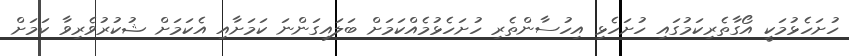
ހުށަހެޅުމަކީ އޯގާތެރިކަމުގައި ހުށަހެޅި އިހުސާންތެރި ހުށަހެޅުމެއްކަމަށް ބަލައިގަންނަ ކަމަށާއި އެކަމަށް ޝުކުރުވެރިވާ ކަމަށް